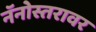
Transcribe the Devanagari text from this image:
नॅनोस्तरावर